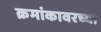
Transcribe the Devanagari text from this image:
क्रमांकावरच्या